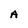
Character: A